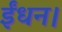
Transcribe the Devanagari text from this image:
ईंधन।